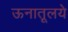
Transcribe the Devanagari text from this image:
ऊनातूलये